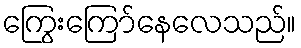
ကြွေးကြော်နေလေသည်။